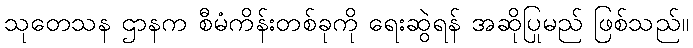
သုတေသန ဌာနက စီမံကိန်းတစ်ခုကို ရေးဆွဲရန် အဆိုပြုမည် ဖြစ်သည်။